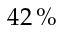
4 2 \, \%